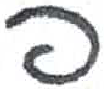
אות: פ